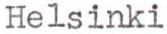
Helsinki